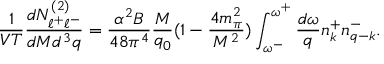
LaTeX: { \frac { 1 } { V T } } { \frac { d N _ { \ell ^ { + } \ell ^ { - } } ^ { ( 2 ) } } { d M d ^ { 3 } q } } = { \frac { \alpha ^ { 2 } B } { 4 8 \pi ^ { 4 } } } { \frac { M } { q _ { 0 } } } ( 1 - { \frac { 4 m _ { \pi } ^ { 2 } } { M ^ { 2 } } } ) \int _ { \omega ^ { - } } ^ { \omega ^ { + } } { \frac { d \omega } { q } } n _ { k } ^ { + } n _ { q - k } ^ { - } .